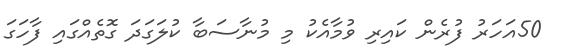
50އަހަރު ފުރެން ކައިރި ވުމާއެކު މި މުނާސަބާ ކުލަގަދަ ގޮތެއްގައި ފާހަގަ